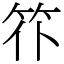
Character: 䇚